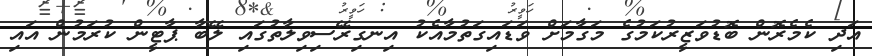
އަދި ކެމެރޮން ބޮޑުވަޒީރުކަމުގެ މަގާމަށް ވަޑައިގަތުމާއެކު އިނގިރޭސިވިލާތުގައި ލޭބާ ޕާޓީން ކުރަމުން އައި